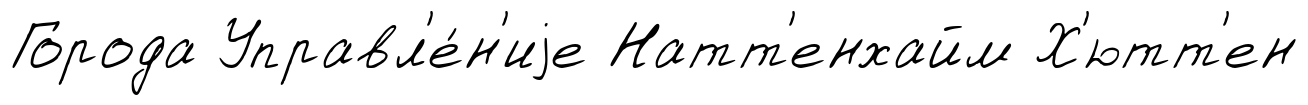
Города Управл'е́н'иjе Натт'енхайм Х'ютт'ен